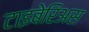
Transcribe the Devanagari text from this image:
टाइबेरिअस